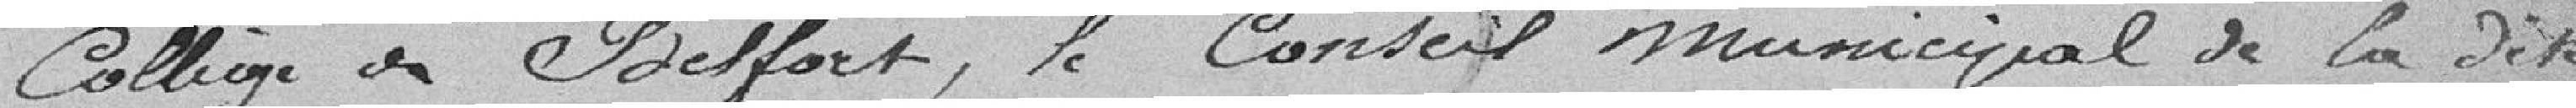
collège de Belfort, le conseil municipal de la dite